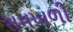
સમખળી